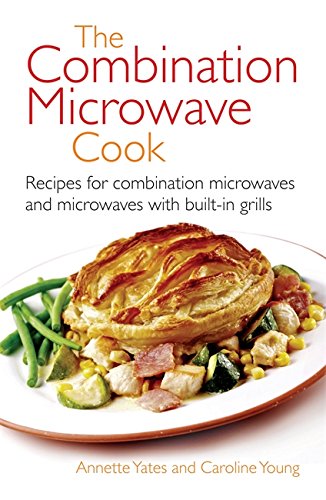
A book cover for The Combination Microwave Cook: Recipes for Combination Microwaves and Microwaves With Built-In Grills; Annette Yates; Cookbooks, Food & Wine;